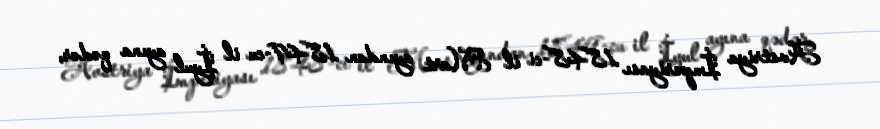
Avstriya İmperiyası 1848-ci il Mart ayından 1849-cu il İyul ayına qədər,